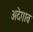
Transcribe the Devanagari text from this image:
अदेगाव